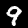
Digit: 9